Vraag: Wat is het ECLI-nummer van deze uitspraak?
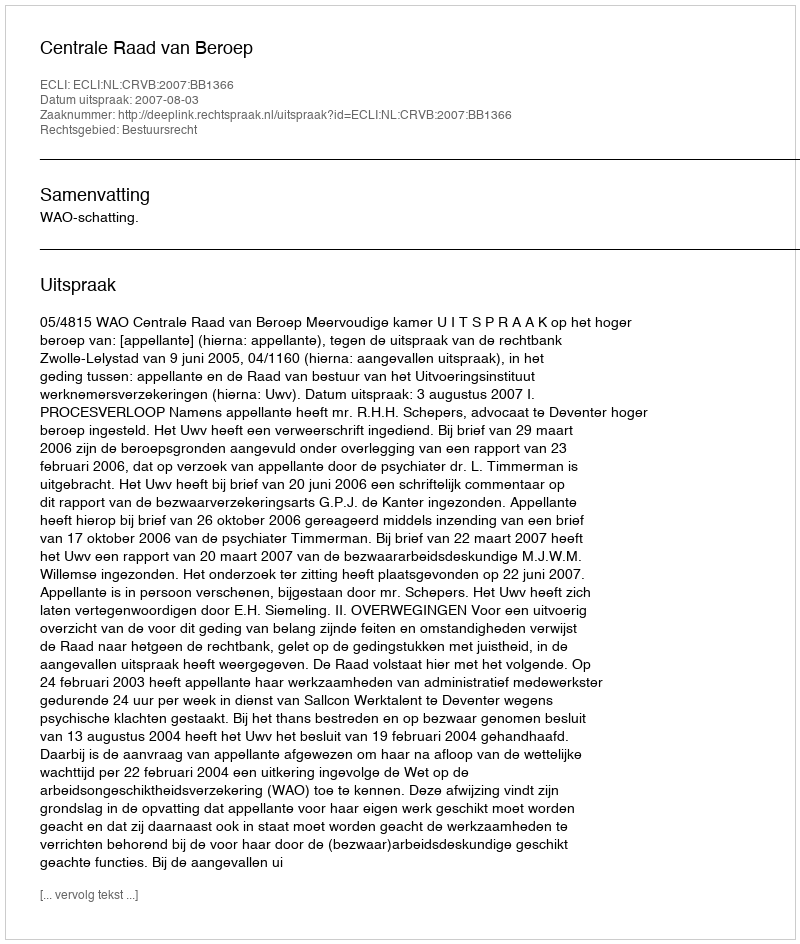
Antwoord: ECLI:NL:CRVB:2007:BB1366